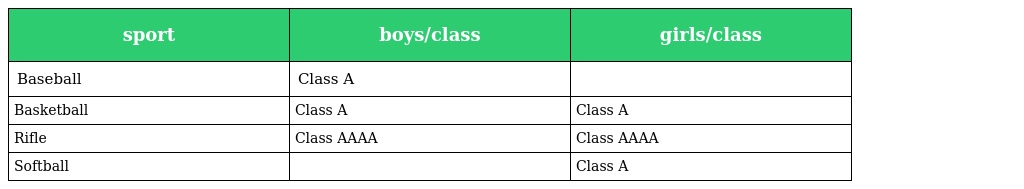
| sport | boys/class | girls/class |
 | --- | --- | --- |
 | Baseball | Class A |  |
 | Basketball | Class A | Class A |
 | Rifle | Class AAAA | Class AAAA |
 | Softball |  | Class A |